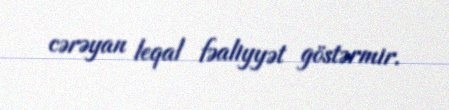
cərəyan leqal fəaliyyət göstərmir.